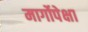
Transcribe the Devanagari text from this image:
मार्गोपेक्षा